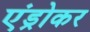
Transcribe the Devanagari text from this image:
एंड्रोकर